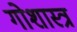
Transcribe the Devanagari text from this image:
गोशास्त्र